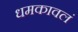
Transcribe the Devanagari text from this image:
धमकावलं